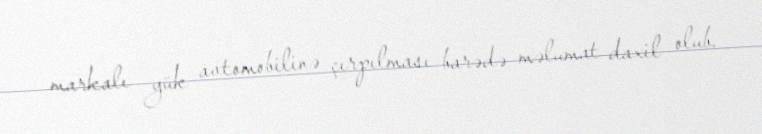
markalı yük avtomobilinə çırpılması barədə məlumat daxil olub.